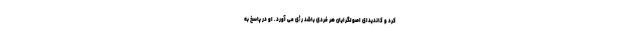
کرد و کاندیدای اصولگرایان هر فردی باشد رأی می آورد. او در پاسخ به